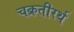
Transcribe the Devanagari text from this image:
चक्रतीरर्थ